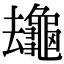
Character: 𪚸